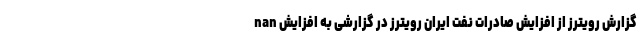
nan گزارش رویترز از افزایش صادرات نفت ایران رویترز در گزارشی به افزایش